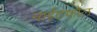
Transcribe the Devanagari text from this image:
नाईटफौल